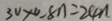
3 0 \times 0 . 8 n = 2 4 n